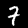
Label: 7